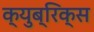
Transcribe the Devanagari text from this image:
क्युब्रिक्स